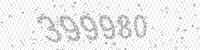
Solution: 399980